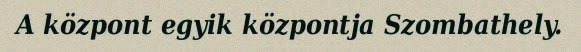
A központ egyik központja Szombathely.